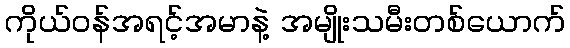
ကိုယ်ဝန်အရင့်အမာနဲ့ အမျိုးသမီးတစ်ယောက်